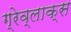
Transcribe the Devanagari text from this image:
ग्रेव्लाक्स